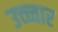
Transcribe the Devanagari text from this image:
उच्च्चार